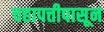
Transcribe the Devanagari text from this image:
चहापत्तीपासून